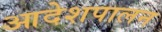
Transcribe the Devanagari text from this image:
आदेशपालन